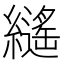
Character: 𦆸